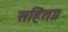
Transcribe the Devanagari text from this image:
सहिंता।